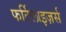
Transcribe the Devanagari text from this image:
फर्टिलाइज़र्स